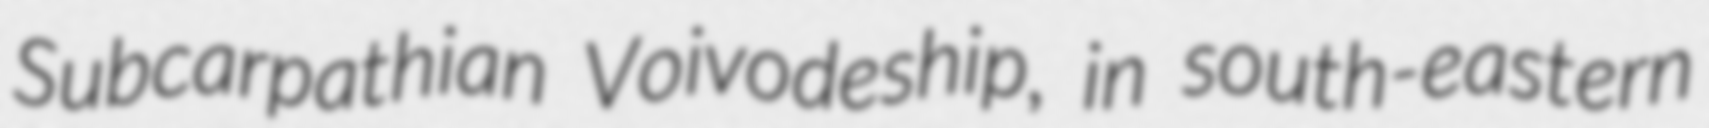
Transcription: Subcarpathian Voivodeship, in south-eastern